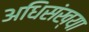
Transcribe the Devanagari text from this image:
अधिसंख्या